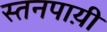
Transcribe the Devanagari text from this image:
स्तनपाय़ी